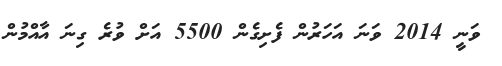
ވަނީ 2014 ވަނަ އަހަރުން ފެށިގެން 5500 އަށް ވުރެ ގިނަ އާއްމުން